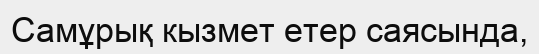
Самұрық кызмет етер саясында,